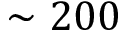
\sim 2 0 0